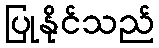
ပြုနိုင်သည်